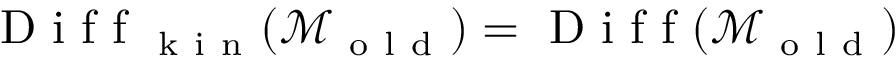
\mathrm { ~ D ~ i ~ f ~ f ~ } _ { \mathrm { ~ k ~ i ~ n ~ } } ( \mathcal { M } _ { \mathrm { ~ o ~ l ~ d ~ } } ) = \mathrm { ~ D ~ i ~ f ~ f ~ } ( \mathcal { M } _ { \mathrm { ~ o ~ l ~ d ~ } } )